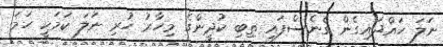
ނަލަ ހައްދައިގެން ގެނެސްފައި ތިބި ކުދީންގެ މިހާރު ހުރި ނަލަ ކަމަކީ ހަމަ